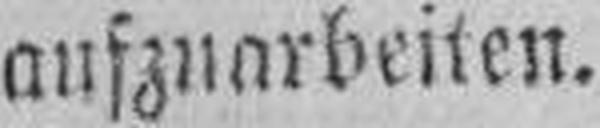
aufzuarbeiten.